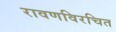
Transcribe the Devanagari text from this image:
रावणविरचित